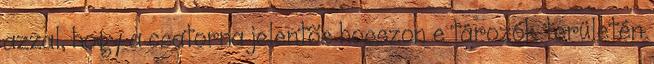
azzal, hogy a csatorna jelentõs hosszon e tározók területén